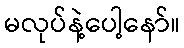
မလုပ်နဲ့ပေါ့နော်။